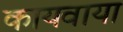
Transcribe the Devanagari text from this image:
कायवाया